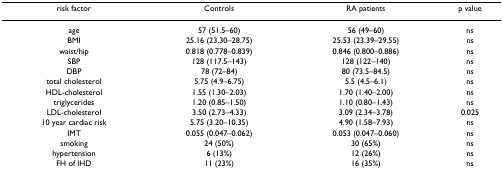
<table><thead><tr><td><b>risk factor</b></td><td><b>Controls</b></td><td><b>RA patients</b></td><td><b>p value</b></td></tr></thead><tbody><tr><td>age</td><td>57 (51.5–60)</td><td>56 (49–60)</td><td>ns</td></tr><tr><td>BMI</td><td>25.16 (23.30–28.75)</td><td>25.53 (23.39–29.55)</td><td>ns</td></tr><tr><td>waist/hip</td><td>0.818 (0.778–0.839)</td><td>0.846 (0.800–0.886)</td><td>ns</td></tr><tr><td>SBP</td><td>128 (117.5–143)</td><td>128 (122–140)</td><td>ns</td></tr><tr><td>DBP</td><td>78 (72–84)</td><td>80 (73.5–84.5)</td><td>ns</td></tr><tr><td>total cholesterol</td><td>5.75 (4.9–6.75)</td><td>5.5 (4.5–6.1)</td><td>ns</td></tr><tr><td>HDL-cholesterol</td><td>1.55 (1.30–2.03)</td><td>1.70 (1.40–2.00)</td><td>ns</td></tr><tr><td>triglycerides</td><td>1.20 (0.85–1.50)</td><td>1.10 (0.80–1.43)</td><td>ns</td></tr><tr><td>LDL-cholesterol</td><td>3.50 (2.73–4.33)</td><td>3.09 (2.34–3.78)</td><td>0.025</td></tr><tr><td>10 year cardiac risk</td><td>5.75 (3.20–10.35)</td><td>4.90 (1.58–7.93)</td><td>ns</td></tr><tr><td>IMT</td><td>0.055 (0.047–0.062)</td><td>0.053 (0.047–0.060)</td><td>ns</td></tr><tr><td>smoking</td><td>24 (50%)</td><td>30 (65%)</td><td>ns</td></tr><tr><td>hypertension</td><td>6 (13%)</td><td>12 (26%)</td><td>ns</td></tr><tr><td>FH of IHD</td><td>11 (23%)</td><td>16 (35%)</td><td>ns</td></tr></tbody></table>